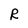
Character: R